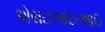
એસઇઆઇઆઇ